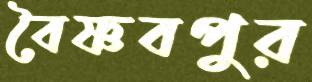
বৈষ্ণবপুর